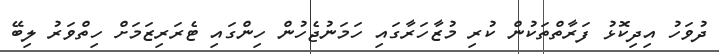
ދުވަހު އިދިކޮޅު ފަރާތްތަކުން ކުރި މުޒާހަރާގައި ހަމަނުޖެހުން ހިންގައި ޓެރަރިޒަމަށް ހިތްވަރު ލިބޭ